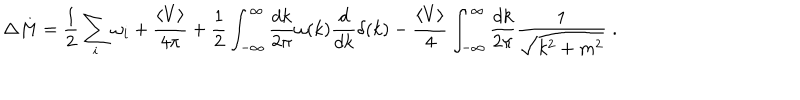
\Delta M = \frac { 1 } { 2 } \sum _ { i } \omega _ { i } + \frac { \left< V \right> } { 4 \pi } + \frac { 1 } { 2 } \int _ { - \infty } ^ { \infty } \frac { d k } { 2 \pi } \omega ( k ) \frac { d } { d k } \delta ( k ) - \frac { \left< V \right> } { 4 } \int _ { - \infty } ^ { \infty } \frac { d k } { 2 \pi } \frac { 1 } { \sqrt { k ^ { 2 } + m ^ { 2 } } } \; .